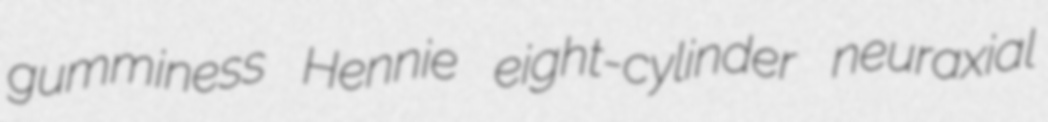
gumminess Hennie eight-cylinder neuraxial